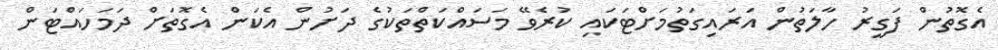
އެގޮތުން ފަގީރު ހާލަތުން އަރައިގަތުމަށްޓަކައި ކުރެވޭ މަސައްކަތްތަކުގެ ދަށުން އެކަން އެގޮތަށް ދަމަހައްޓަން